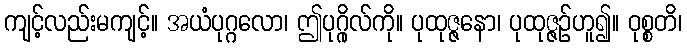
ကျင့်လည်းမကျင့်။ အယံပုဂ္ဂလော၊ ဤပုဂ္ဂိုလ်ကို။ ပုထုဇ္ဇနော၊ ပုထုဇ္ဇဉ်ဟူ၍။ ဝုစ္စတိ၊